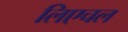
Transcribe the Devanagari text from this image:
लिएचल